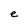
Character: e